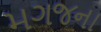
મગજના